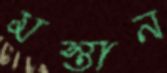
মস্তান